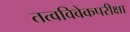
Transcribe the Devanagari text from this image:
तत्वविवेकपरीक्षा